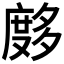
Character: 𰐂